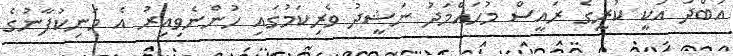
އަބްދު އަކީ ކުރީގެ ރައީސް މުހައްމަދު ނަޝީދު ވެރިކަމުގައި ހުންނެވިއިރު އެ މަނިކުފާނުގެ